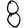
Digit: 8